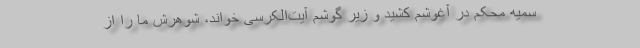
سمیه محکم در آغوشم کشید و زیر گوشم آیت‌الکرسی خواند، شوهرش ما را از